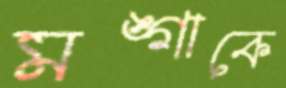
মঙ্গাকে